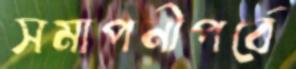
সমাপনীপর্বে